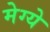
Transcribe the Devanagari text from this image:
मेग्ये